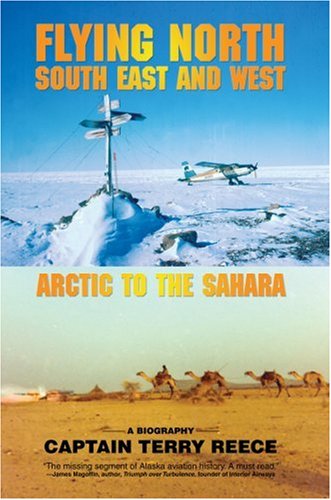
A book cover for Flying North South East and West: Arctic to the Sahara; Captain Terry Reece; Travel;